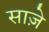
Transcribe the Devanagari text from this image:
साज़े